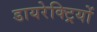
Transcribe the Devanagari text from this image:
डायरेक्ट्रियों